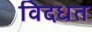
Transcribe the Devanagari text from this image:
विदधत